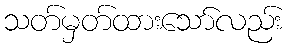
သတ်မှတ်ထားသော်လည်း